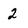
Character: 2